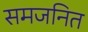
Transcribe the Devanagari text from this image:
समजनित